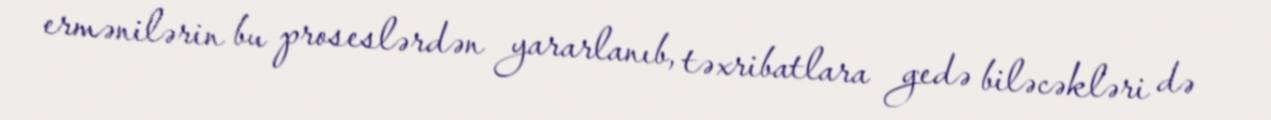
ermənilərin bu proseslərdən yararlanıb, təxribatlara gedə biləcəkləri də